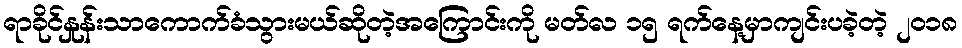
ရာခိုင်နှုန်းသာကောက်ခံသွားမယ်ဆိုတဲ့အကြောင်းကို မတ်လ ၁၅ ရက်နေ့မှာကျင်းပခဲ့တဲ့ ၂၀၁၈